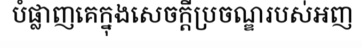
បំផ្លាញគេក្នុងសេចក្តីប្រចណ្ឌរបស់អញ